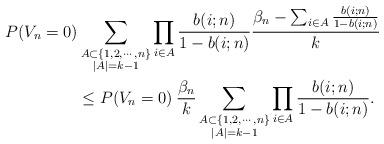
LaTeX: \begin{align*}P(V_n=0) & \sum_{\substack{A\subset \{1,2,\cdots , n\}\\ |A| = k-1}} \prod_{i\in A} \frac{b(i;n)}{1-b(i;n)} \frac{\beta_n -\sum_{i \in A} \frac{b(i;n)}{1-b(i;n)}}{k}\\& \leq P(V_n=0) \> \frac{\beta_n}{k} \sum_{\substack{A\subset \{1,2,\cdots , n\}\\ |A| = k-1}} \prod_{i\in A} \frac{b(i;n)}{1-b(i;n)}. \end{align*}